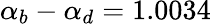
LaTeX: \alpha_{b}-\alpha_{d}=1.0034